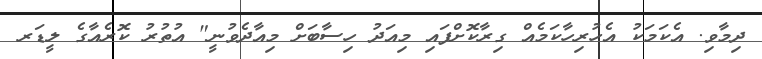
ދިމާވި. އެކަމަކު އެހުރިހާކަމެއް ގިރާކޮށްފައި މިއަދު ހިސާބަށް މިއާދެވުނީ" އުތުރު ކޮރެއާގެ ލީޑަރ